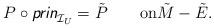
LaTeX: \begin{align*}P\circ \textit{\textsf{prin}}_{\mathcal{I}_U} =\tilde{P}\qquad\mbox{on}\tilde{M}-\tilde{E}.\end{align*}